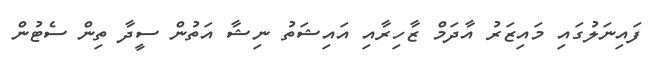
ފައިނަލުގައި މައިޒަރު އާދަމް ޒާހިރާއި އައިޝަތު ނިޝާ އަތުން ސީދާ ތިން ސެޓުން